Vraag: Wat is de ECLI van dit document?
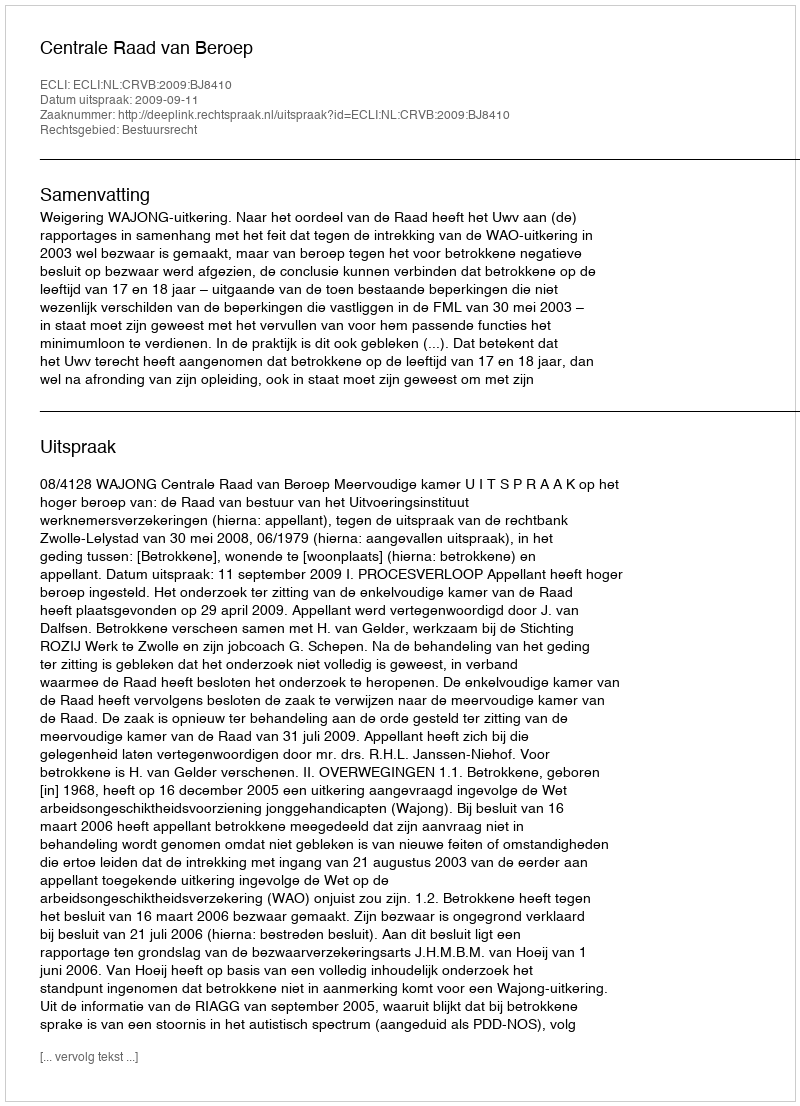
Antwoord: ECLI:NL:CRVB:2009:BJ8410